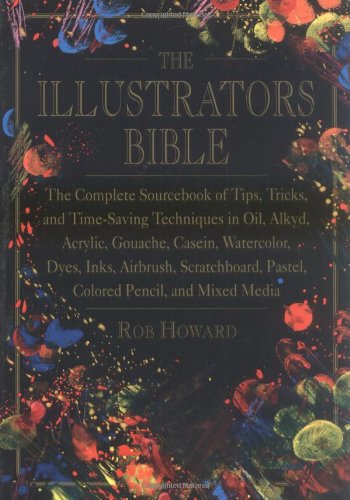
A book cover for The Illustrator's Bible: The Complete Sourcebook of Tips, Tricks and Time-Saving Techniques in Oil, Alkyd, Acrylic, Gouache, Casein, Watercolor, Dyes, ... Pastel, Colored Pencil and Mixed Media; Rob Howard; Arts & Photography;